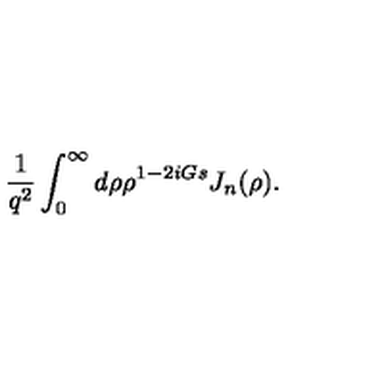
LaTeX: { \frac { 1 } { q ^ { 2 } } } \int _ { 0 } ^ { \infty } d \rho \rho ^ { 1 - 2 i G s } J _ { n } ( \rho ) .